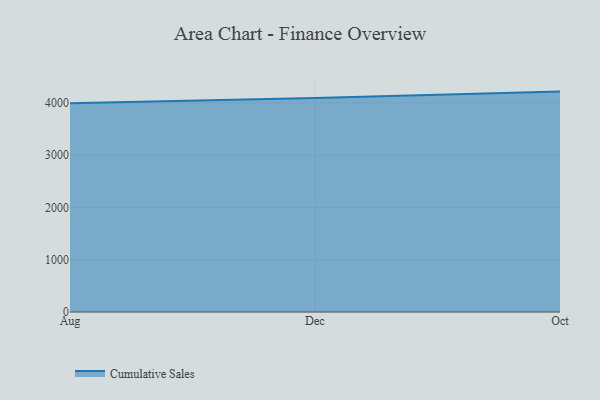
{"axis": {"x": "Month", "y": "Tickets Resolved"}, "legend": ["Cumulative Sales"], "data": [{"x": "Aug", "y": 3996.0, "type": "Cumulative Sales"}, {"x": "Dec", "y": 4095.9, "type": "Cumulative Sales"}, {"x": "Oct", "y": 4217.3, "type": "Cumulative Sales"}]}